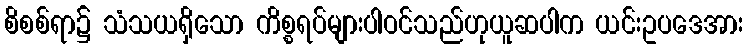
စိစစ်ရာ၌ သံသယရှိသော ကိစ္စရပ်များပါဝင်သည်ဟုယူဆပါက ယင်းဥပဒေအား